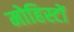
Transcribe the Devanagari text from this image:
मोहिस्टों